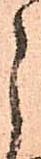
よ